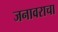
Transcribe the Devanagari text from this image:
जनावराचा